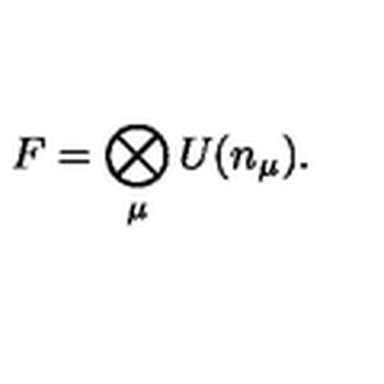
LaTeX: F = \bigotimes _ { \mu } U ( n _ { \mu } ) .